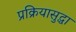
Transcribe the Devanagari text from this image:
प्रक्रियासुद्धा